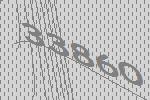
33860